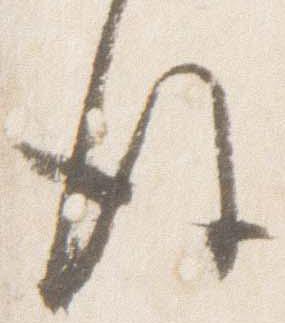
後